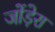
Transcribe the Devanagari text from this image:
जोंड़ेरा